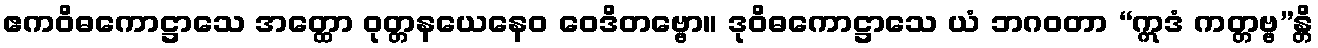
ဧကဝိဓကောဋ္ဌာသေ အတ္ထော ဝုတ္တနယေနေဝ ဝေဒိတဗ္ဗော။ ဒုဝိဓကောဋ္ဌာသေ ယံ ဘဂဝတာ “ဣဒံ ကတ္တဗ္ဗ”န္တိ